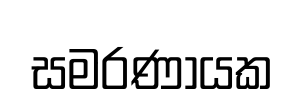
සමරණායක